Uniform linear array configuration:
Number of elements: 12
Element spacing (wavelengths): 0.5
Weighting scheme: uniform
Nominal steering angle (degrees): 15
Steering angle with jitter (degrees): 16.145
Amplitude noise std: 0.05
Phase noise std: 0.05

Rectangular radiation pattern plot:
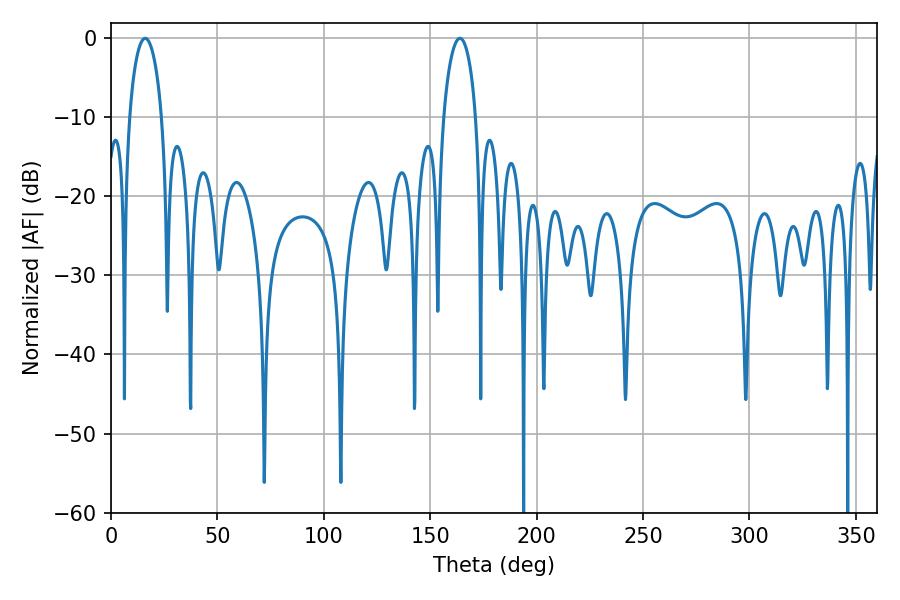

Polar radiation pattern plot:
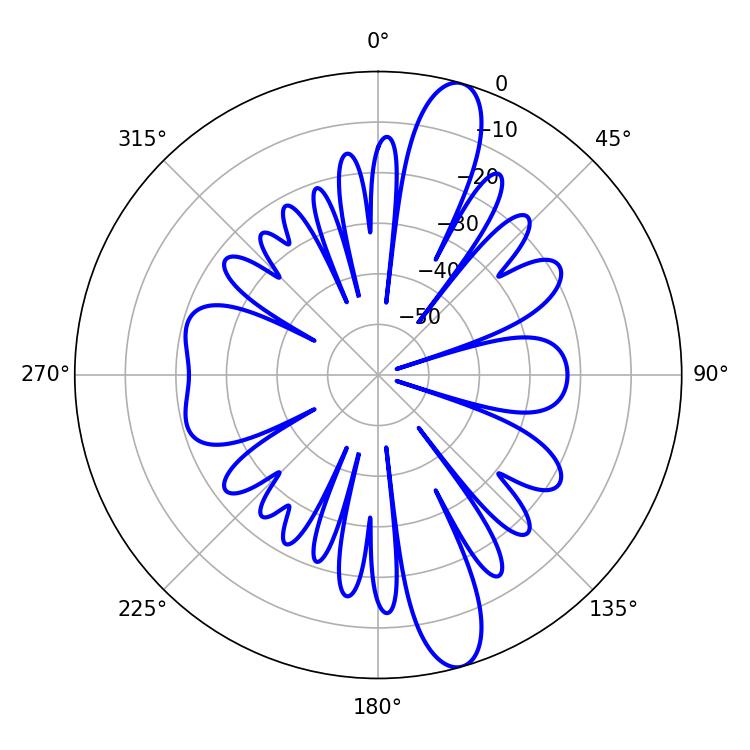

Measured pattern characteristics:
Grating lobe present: FALSE
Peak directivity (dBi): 13.316
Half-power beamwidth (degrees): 8.82
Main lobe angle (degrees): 16.02